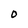
Character: 0